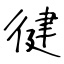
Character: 徤